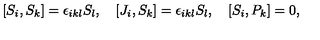
[ S _ { i } , S _ { k } ] = \epsilon _ { i k l } S _ { l } , \quad [ J _ { i } , S _ { k } ] = \epsilon _ { i k l } S _ { l } , \quad [ S _ { i } , P _ { k } ] = 0 ,